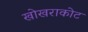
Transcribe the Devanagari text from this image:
खोखराकोट